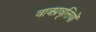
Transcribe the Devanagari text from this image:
वाक्प्रवृत्तियों